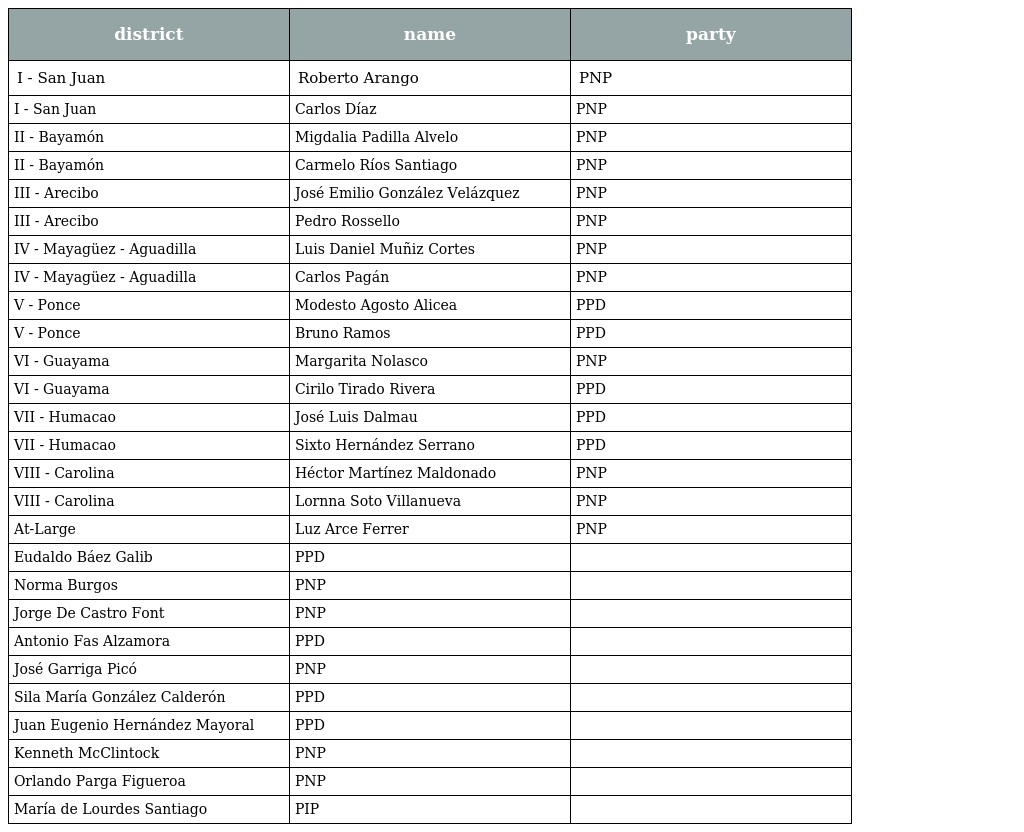
| district | name | party |
 | --- | --- | --- |
 | I - San Juan | Roberto Arango | PNP |
 | I - San Juan | Carlos Díaz | PNP |
 | II - Bayamón | Migdalia Padilla Alvelo | PNP |
 | II - Bayamón | Carmelo Ríos Santiago | PNP |
 | III - Arecibo | José Emilio González Velázquez | PNP |
 | III - Arecibo | Pedro Rossello | PNP |
 | IV - Mayagüez - Aguadilla | Luis Daniel Muñiz Cortes | PNP |
 | IV - Mayagüez - Aguadilla | Carlos Pagán | PNP |
 | V - Ponce | Modesto Agosto Alicea | PPD |
 | V - Ponce | Bruno Ramos | PPD |
 | VI - Guayama | Margarita Nolasco | PNP |
 | VI - Guayama | Cirilo Tirado Rivera | PPD |
 | VII - Humacao | José Luis Dalmau | PPD |
 | VII - Humacao | Sixto Hernández Serrano | PPD |
 | VIII - Carolina | Héctor Martínez Maldonado | PNP |
 | VIII - Carolina | Lornna Soto Villanueva | PNP |
 | At-Large | Luz Arce Ferrer | PNP |
 | Eudaldo Báez Galib | PPD |  |
 | Norma Burgos | PNP |  |
 | Jorge De Castro Font | PNP |  |
 | Antonio Fas Alzamora | PPD |  |
 | José Garriga Picó | PNP |  |
 | Sila María González Calderón | PPD |  |
 | Juan Eugenio Hernández Mayoral | PPD |  |
 | Kenneth McClintock | PNP |  |
 | Orlando Parga Figueroa | PNP |  |
 | María de Lourdes Santiago | PIP |  |